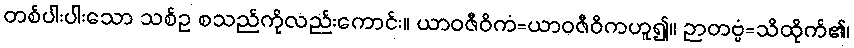
တစ်ပါးပါးသော သစ်ဥ စသည်ကိုလည်းကောင်း။ ယာဝဇီဝိကံ=ယာဝဇီဝိကဟူ၍။ ဉာတဗ္ဗံ=သိထိုက်၏၊